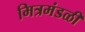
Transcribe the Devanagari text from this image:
मित्रमंडळी